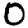
Digit: 0